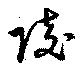
陵